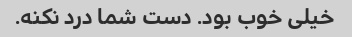
خیلی خوب بود. دست شما درد نکنه.